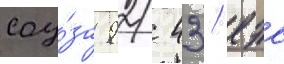
соу́за 92/ 43/ еэс